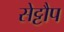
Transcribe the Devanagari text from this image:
सेट्टौप